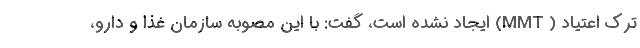
ترک اعتیاد ( MMT) ایجاد نشده است، گفت: با این مصوبه سازمان غذا و دارو،